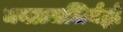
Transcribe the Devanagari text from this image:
मयाञ्जलिर्बद्धो